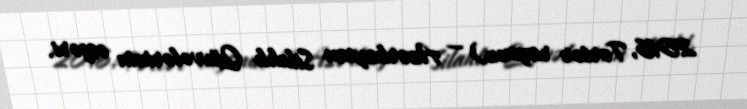
2016, Tərtər rayonu) — Azərbaycan Silahlı Qüvvələrinin əsgəri.